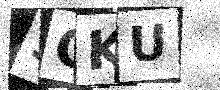
Text: 5CKU